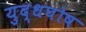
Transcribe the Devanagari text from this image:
युद्धघोष